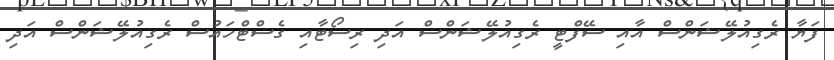
ފަޔާ ރެގިއުލޭޝަންސް އާއި ސޭފްޓީ ރެގިއުލޭޝަންސް އަދި ރިސޯޓާއި ގެސްޓްހައުސް ރެގިއުލޭޝަންސް އަދި